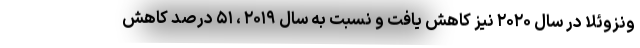
ونزوئلا در سال ۲۰۲۰ نیز کاهش یافت و نسبت به سال ۲۰۱۹ ، ۵۱ درصد کاهش